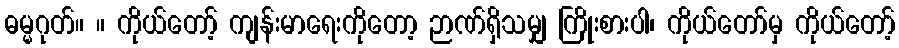
ဓမ္မဂုတ်။ ။ ကိုယ်တော့် ကျန်းမာရေးကိုတော့ ဉာဏ်ရှိသမျှ ကြိုးစားပါ၊ ကိုယ်တော်မှ ကိုယ်တော့်